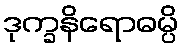
ဒုက္ခနိရောဓမ္ပိ